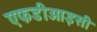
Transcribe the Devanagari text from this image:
एफडीआइसी